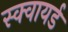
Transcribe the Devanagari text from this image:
स्क्वायर्ड